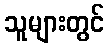
သူများတွင်